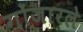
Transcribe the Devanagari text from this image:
गोंजारले